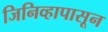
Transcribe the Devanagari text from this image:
जिनिव्हापासून